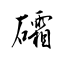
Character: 礵